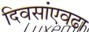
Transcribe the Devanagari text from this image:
दिवसांएवढा